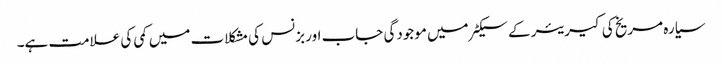
سیارہ مریخ کی کیریئر کے سیکٹر میں موجودگی جاب اور بزنس کی مشکلات میں کمی کی علامت ہے۔